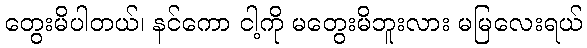
တွေးမိပါတယ်၊ နင်ကော ငါ့ကို မတွေးမိဘူးလား မမြလေးရယ်